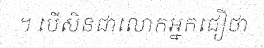
។ បើសិនជាលោកអ្នកជឿថា